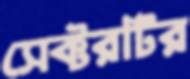
সেক্টরটির